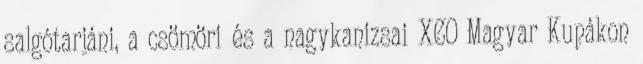
salgótarjáni, a csömöri és a nagykanizsai XCO Magyar Kupákon